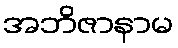
အဘိဇာနာမ